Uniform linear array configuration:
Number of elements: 16
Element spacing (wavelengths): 0.75
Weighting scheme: uniform
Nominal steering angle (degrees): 0
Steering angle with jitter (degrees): -0.4629
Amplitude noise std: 0.05
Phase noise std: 0.05

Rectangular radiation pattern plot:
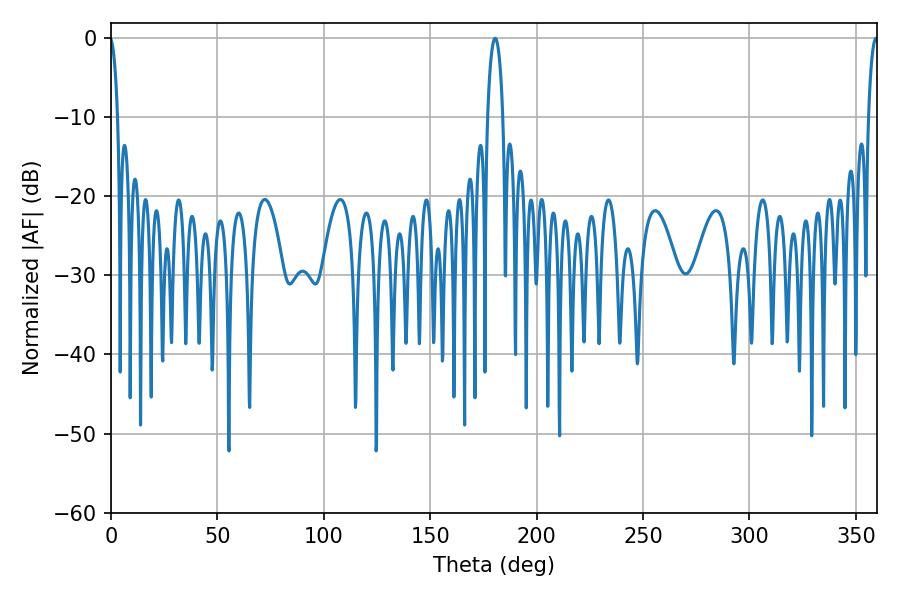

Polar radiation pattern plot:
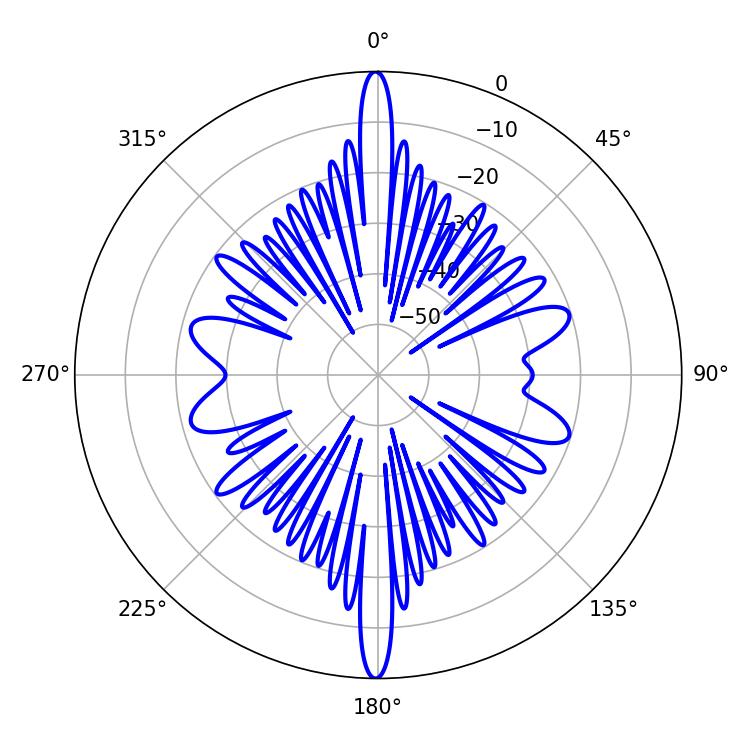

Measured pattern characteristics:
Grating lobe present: TRUE
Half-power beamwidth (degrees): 2.52
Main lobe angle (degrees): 359.46